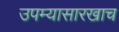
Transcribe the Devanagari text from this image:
उपम्यासारखाच